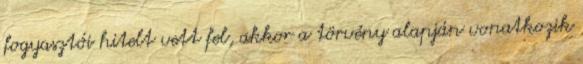
fogyasztói hitelt vett fel, akkor a törvény alapján vonatkozik